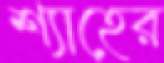
শ্যাহের